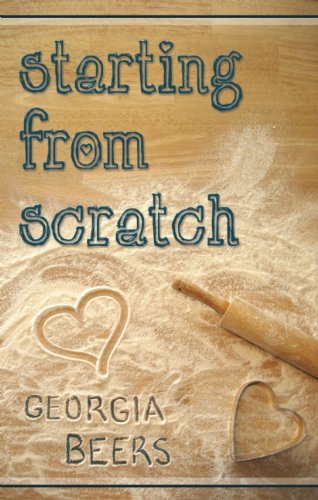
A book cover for Starting From Scratch; Georgia Beers; Romance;